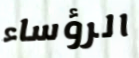
الرؤساء